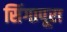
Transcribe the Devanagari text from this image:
सिंगापूरा